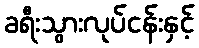
ခရီးသွားလုပ်ငန်းနှင့်